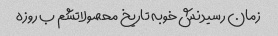
زمان رسیدنش خوبه تاریخ محصولاتشم ب روزه